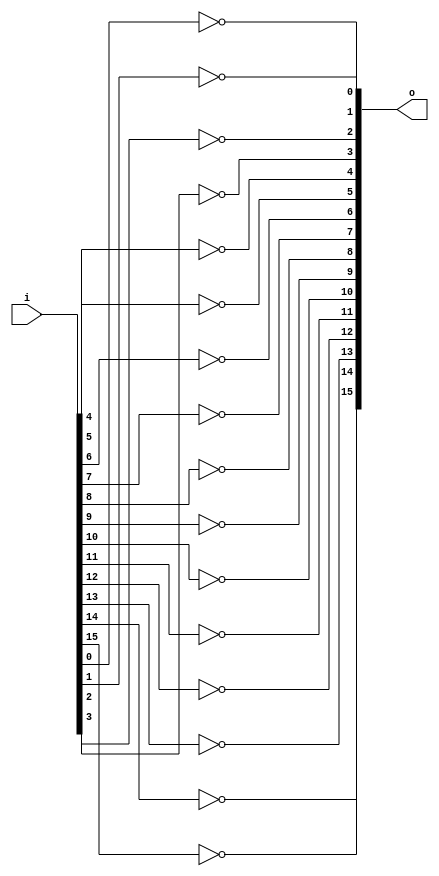
// This program was cloned from: https://github.com/chipsalliance/UHDM-integration-tests
// License: Apache License 2.0

/* Generated by Yosys 0.27+9 (git sha1 101d19bb6, gcc 11.2.0-7ubuntu2 -fPIC -Os) */

(* top =  1  *)

module bsg_inv(i, o);
  
  input [15:0] i;
  wire [15:0] i;
  
  output [15:0] o;
  wire [15:0] o;
  assign o[4] = ~i[4];
  assign o[5] = ~i[5];
  assign o[6] = ~i[6];
  assign o[7] = ~i[7];
  assign o[8] = ~i[8];
  assign o[9] = ~i[9];
  assign o[10] = ~i[10];
  assign o[11] = ~i[11];
  assign o[12] = ~i[12];
  assign o[13] = ~i[13];
  assign o[14] = ~i[14];
  assign o[15] = ~i[15];
  assign o[0] = ~i[0];
  assign o[1] = ~i[1];
  assign o[2] = ~i[2];
  assign o[3] = ~i[3];
endmodule